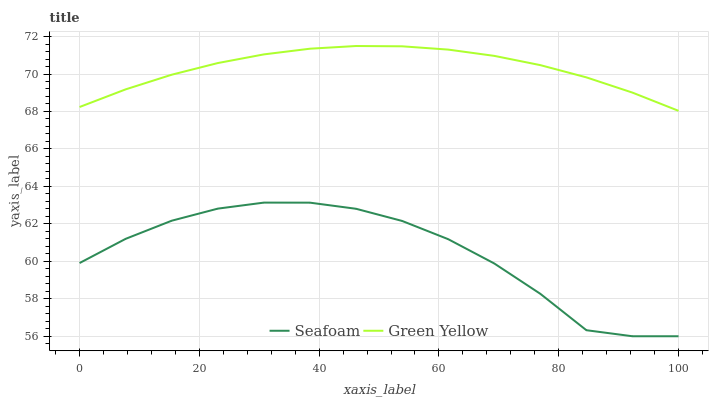
| xaxis_label | Seafoam | Green Yellow |
 | --- | --- | --- |
 | 0 | 59.9 | 68.2 |
 | 7.69 | 61.2 | 69.2 |
 | 15.4 | 62.2 | 70 |
 | 23.1 | 62.8 | 70.6 |
 | 30.8 | 63.1 | 71 |
 | 38.5 | 63.1 | 71.4 |
 | 46.2 | 62.8 | 71.5 |
 | 53.8 | 62.2 | 71.5 |
 | 61.5 | 61.2 | 71.3 |
 | 69.2 | 59.9 | 71 |
 | 76.9 | 58.3 | 70.5 |
 | 84.6 | 56.3 | 69.8 |
 | 92.3 | 56 | 69 |
 | 100 | 56 | 68 |